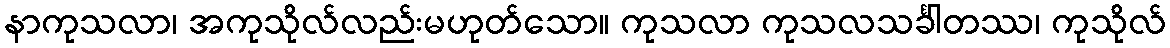
နာကုသလာ၊ အကုသိုလ်လည်းမဟုတ်သော။ ကုသလာ ကုသလသင်္ခါတဿ၊ ကုသိုလ်